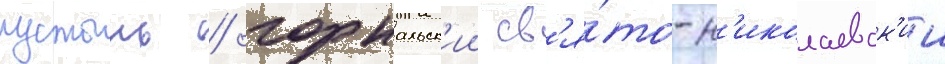
пустынь / горнальск'ии св'я́то-н'иколаевск'ии